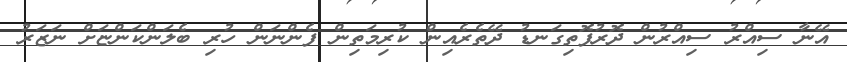
އޭނާ ސިއްރު ސިއްރުން ދޮރުފޮތިގަނޑު ދޭތެރެއިން ކުރިމަތިން ފެންނަން ހުރި ބެލަންކަންޏަށް ނަޒަރު